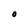
Character: O